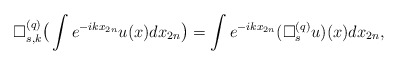
\begin{align*} \Box^{(q)}_{s,k}\bigr(\int e^{-ikx_{2n}}u(x)dx_{2n}\bigr)=\int e^{-ikx_{2n}}(\Box^{(q)}_su)(x)dx_{2n},\end{align*}